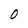
Character: 0